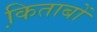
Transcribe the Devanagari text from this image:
कि़ताबों